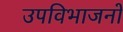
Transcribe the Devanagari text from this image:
उपविभाजनों